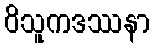
ဝိသူကဒဿနာ